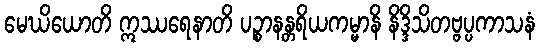
မေဃိယောတိ ဣဿရေနာတိ ပဉ္စာနန္တရိယကမ္မာနိ နိဒ္ဒိသိတဗ္ဗပ္ပကာသနံ